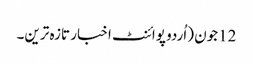
12جون (اُردو پوائنٹ اخبار تازہ ترین۔